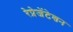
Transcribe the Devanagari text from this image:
रेप्रेजेंटेशन